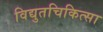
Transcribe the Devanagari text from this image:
विद्युतचिकित्सा